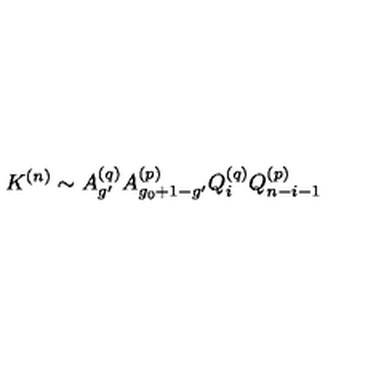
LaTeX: K ^ { ( n ) } \sim A _ { g ^ { \prime } } ^ { ( q ) } A _ { g _ { 0 } + 1 - g ^ { \prime } } ^ { ( p ) } Q _ { i } ^ { ( q ) } Q _ { n - i - 1 } ^ { ( p ) }